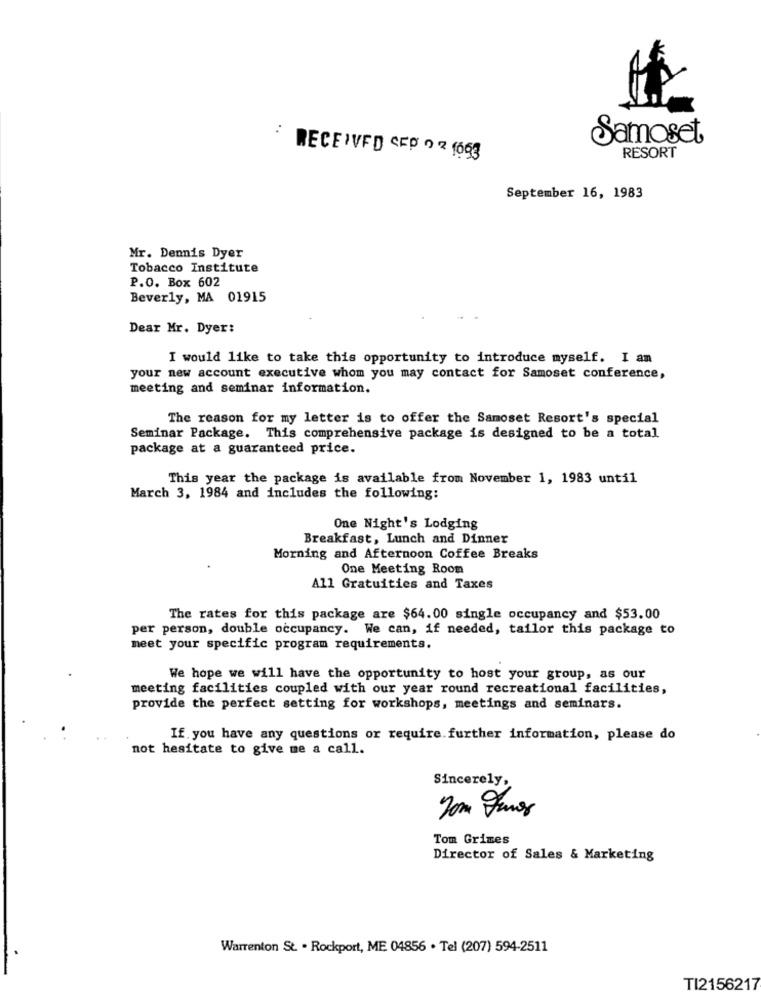
Samoset
RECEIVED CED 0 2 1663
RESORT
September 16, 1983
Mr. Dennis Dyer
Tobacco Institute
P.O. Box 602
Beverly, MA 01915
Dear Mr. Dyer:
I would like to take this opportunity to introduce myself. I am
your new account executive whom you may contact for Samoset conference,
meeting and seminar information.
The reason for my letter is to offer the Samoset Resort's special
Seminar Package. This comprehensive package is designed to be a total
package at a guaranteed price.
This year the package is available from November 1, 1983 until
March 3, 1984 and includes the following:
One Night's Lodging
Breakfast, Lunch and Dinner
Morning and Afternoon Coffee Breaks
One Meeting Room
All Gratuities and Taxes
The rates for this package are $64.00 single occupancy and $53.00
per person, double occupancy. We can, if needed, tailor this package to
meet your specific program requirements.
We hope we will have the opportunity to host your group, as our
meeting facilities coupled with our year round recreational facilities,
provide the perfect setting for workshops, meetings and seminars.
If you have any questions or require further information, please do
not hesitate to give me a call.
Sincerely,
Tom Grimes
Director of Sales & Marketing
Warrenton St. . Rockport, ME 04856 . Tel (207) 594-2511
TI2156217